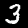
Label: 3